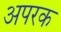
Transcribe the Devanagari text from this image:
अपरक